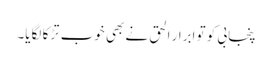
پنجابی کو تو ابرار الحق نے بھی خوب تڑکا لگایا۔